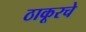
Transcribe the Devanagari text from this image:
ठाकूरचे